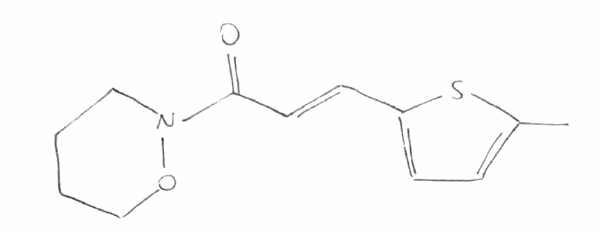
Simplified molecular-input line-entry system (SMILES) notation of the given molecule:
CC1=CC=C(S1)/C=C/C(=O)N2CCCCO2